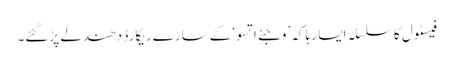
فیسٹول کا سلسلہ ایسا رہا کہ’ وجئے اتسو‘کے سارے ریکارڈ دھندلے پڑگئے۔